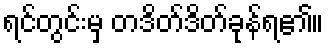
ရင်တွင်းမှ တဒိတ်ဒိတ်ခုန်ရ၏။